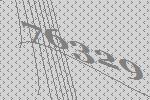
76329